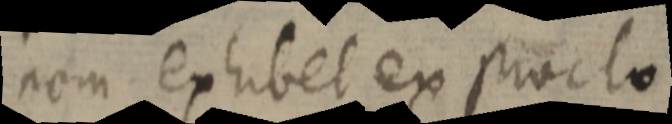
nem exhibet ex proclo